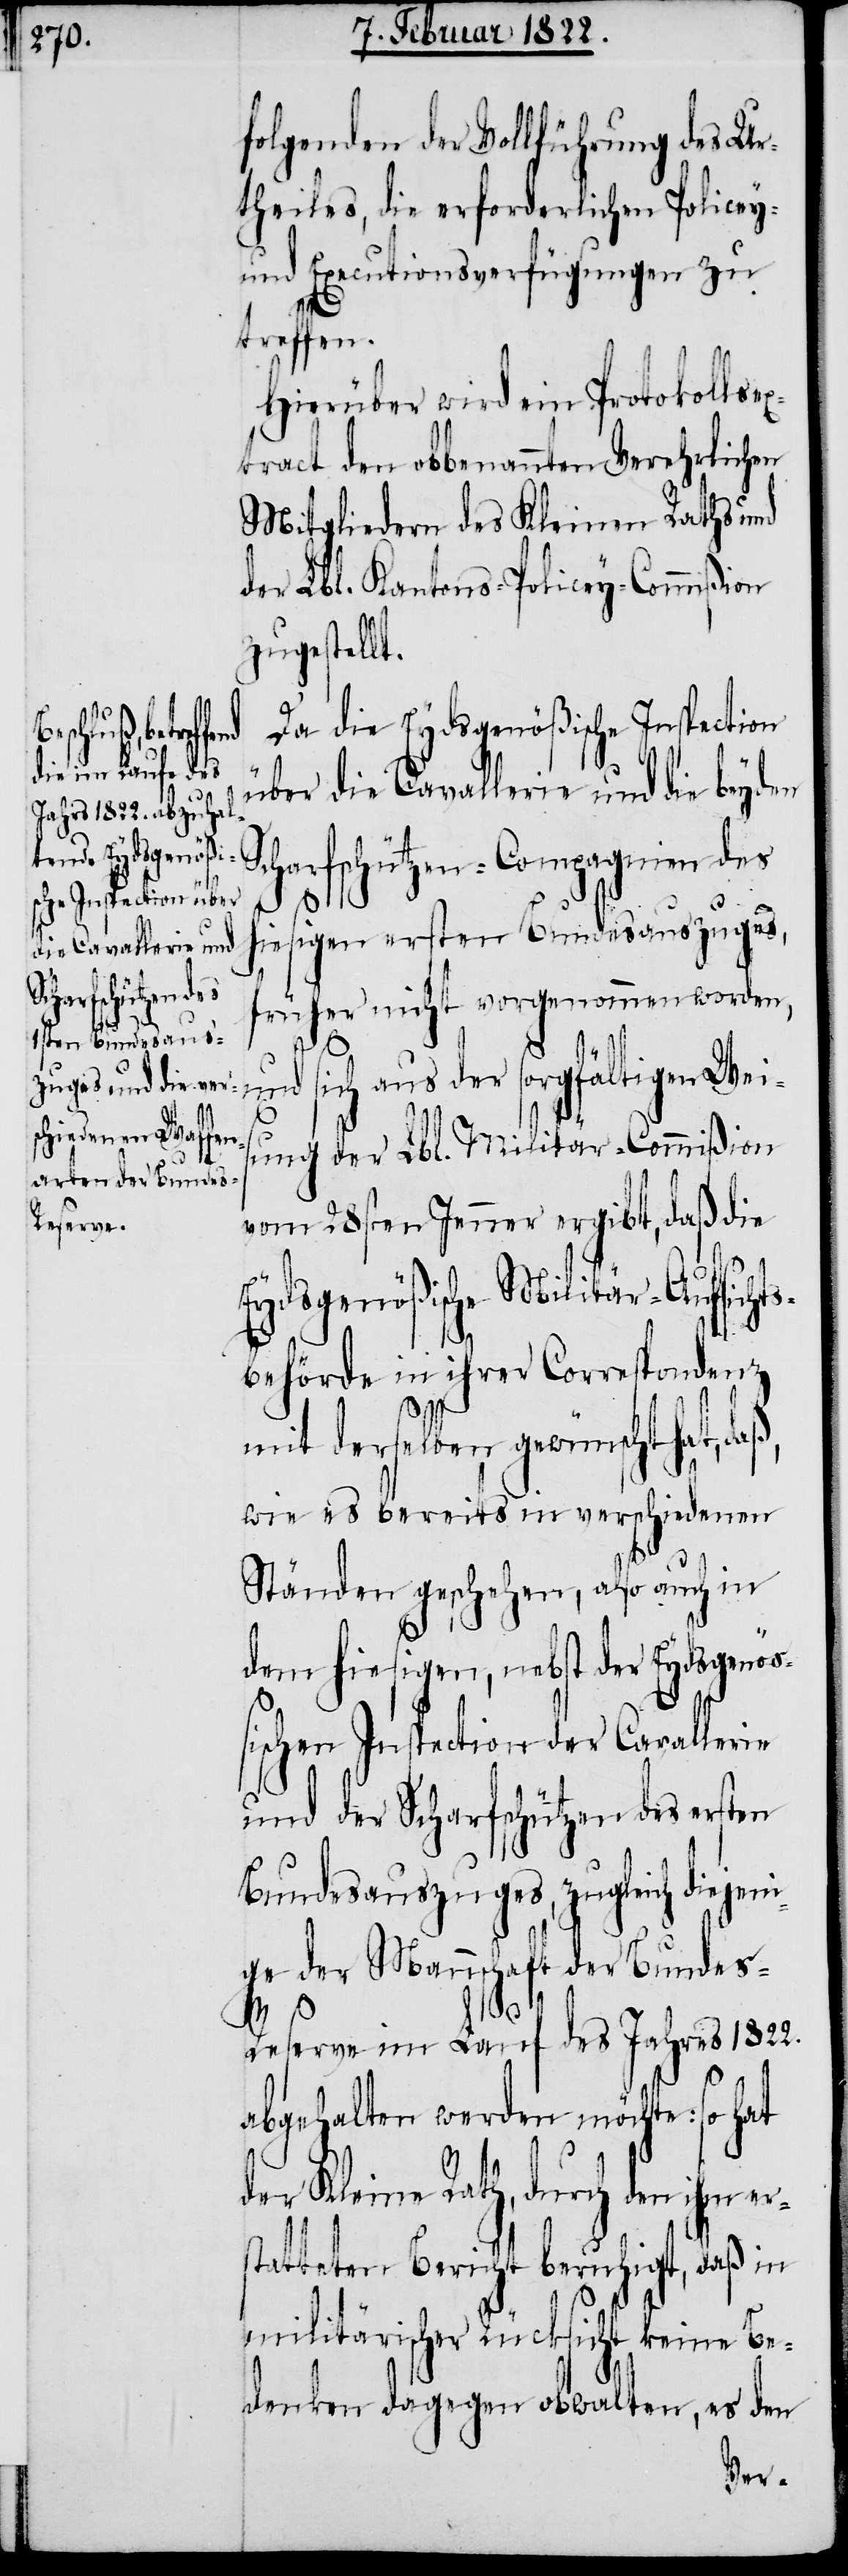
hm er¬

folgenden der Vollführung des Ur¬
theiles, die erforderlichen Policey-
und Executionsverfügungen zu
treffen.
Hierüber wird ein Protokollsex¬
tract den obbenannten Verehrlichen
Mitgliedern des Kleinen Raths und
der Lbl. Kantons-Policey-Commißion
zugestellt.
Da die Eydsgenößische Inspection
über die Cavallerie und die beyden
Scharfschützen-Compagnien des
hiesigen ersten Bundesauszuges,
früher nicht vorgenommen worden,
aus der sorgfältigen Wei¬
sung der Lbl. Militär-Commißion
vom 28sten Jenner ergibt, daß die
Eydsgenößische Militär-Aufsichts¬
behörde in ihrer Correspondenz
mit derselben gewünscht hat,
wie es bereits in verschiedenen
Ständen geschehen, also auch in
dem hiesigen, nebst der Eydsgenöß¬
ischen Inspection der Cavallerie
und der Scharfschützen des ersten
Bundesauszuges, zugleich diejeni¬
ge der Mannschaft der Bundes-R¬
eserve im Lauf des Jahres 1822.
abgehalten werden möchte: so hat
der Kleine Rath, durch den i¬
statteten Bericht beruhigt, daß in
militärischer Rücksicht keine Be¬
denken obwalten, es den